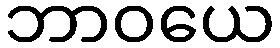
ဘာဝယေ